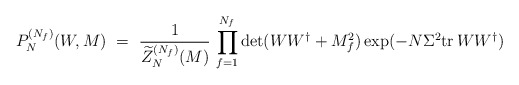
\begin{align*}P_N^{(N_f)}(W,M) \ = \ \frac{1}{\widetilde{Z}_N^{(N_f)}(M)} \, \prod_{f=1}^{N_f}\det(WW^\dagger+M_f^2) \exp(-N\Sigma^2{{\rm tr}\,} WW^\dagger)\end{align*}